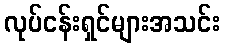
လုပ်ငန်းရှင်များအသင်း